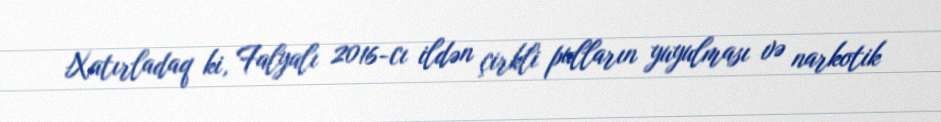
Xatırladaq ki, Falyalı 2016-cı ildən çirkli pulların yuyulması və narkotik